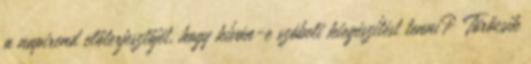
a napirend előterjesztőjét, hogy kíván-e szóbeli kiegészítést tenni? Törőcsik